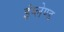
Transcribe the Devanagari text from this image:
इंग्लेण्ड